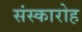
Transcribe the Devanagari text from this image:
संस्कारोह